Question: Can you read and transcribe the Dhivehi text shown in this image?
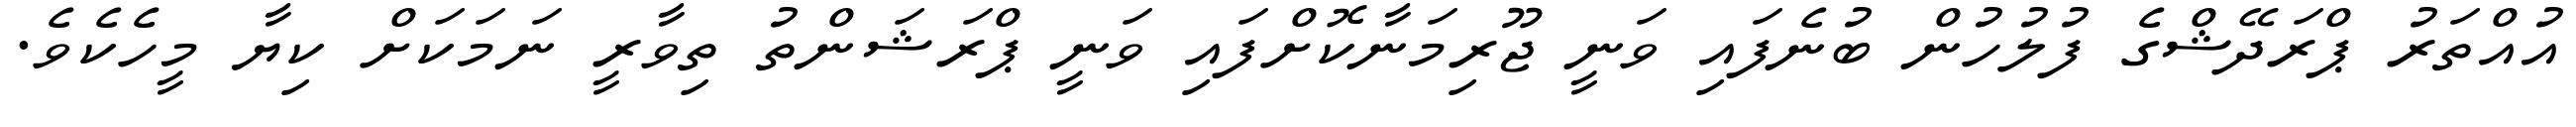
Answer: އުއްތަރު ޕްރަދޭޝްގެ ފުލުހުން ބުނެފައި ވަނީ ޖޫރިމަނާކޮށްފައި ވަނީ ޕްރަޝަންތު ތިވާރީ ނަމަކަށް ކިޔާ މީހެކެވެ.